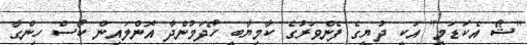
"ޝޯ އެކަޑަމީ" އަކީ ދުޔީގެ ފެންވަރުގެ ކާމިޔާބީ ހޯދަމުންދާ އޮންލައިން ކޯސް ހިންގާ